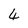
Character: 4